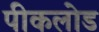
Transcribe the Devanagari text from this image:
पीकलोड